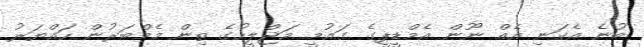
ބުނެ އެކަނި އެއް ނޫން އެމްޑީޕީގެ ގައުމީ މަޖްލީހުގެ ތިން މެމްބަރުން ހައްޔަރު